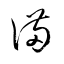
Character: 満